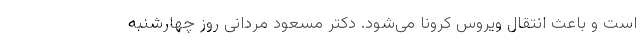
است و باعث انتقال ویروس کرونا می‌شود. دکتر مسعود مردانی روز چهارشنبه